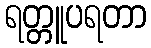
ရတ္တူပရတာ